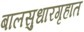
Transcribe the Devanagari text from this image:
बालसुधारगृहात